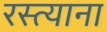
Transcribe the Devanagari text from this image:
रस्त्याना